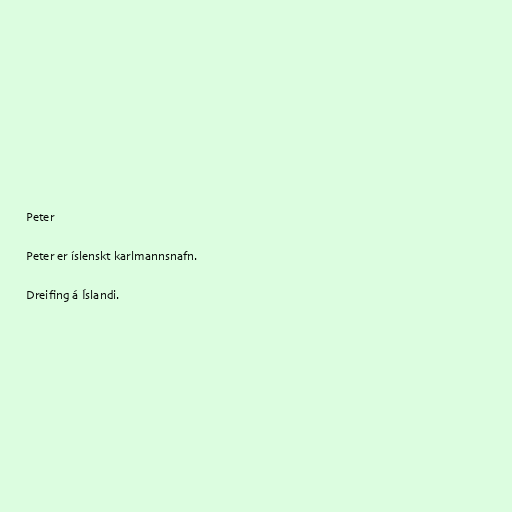
Peter

Peter er íslenskt karlmannsnafn.

Dreifing á Íslandi.